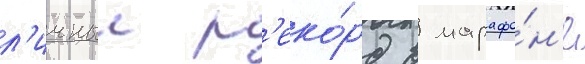
л'ичныи р'еко́рд в марафо́н'е